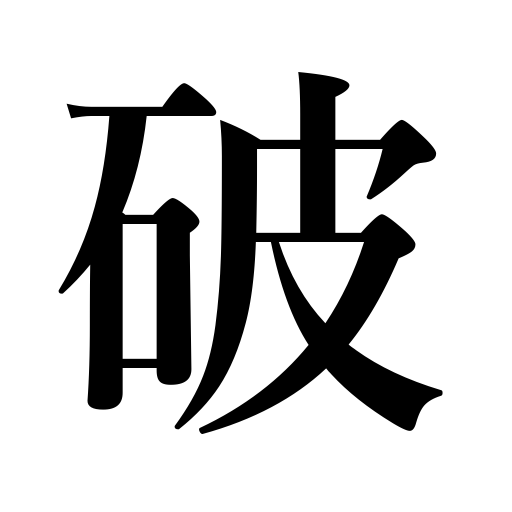
Meanings: defeat,rend,transgress,be frustrated,destroy,rupture,baffle,collapse,be defeated,be torn,rip,be broken,burst,be worn out,crush,tear,break,violate,rip open,frustrate